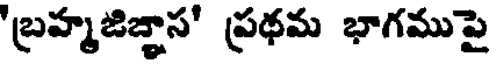
'బ్రహ్మజిజ్ఞాస' ప్రథమ భాగముపై